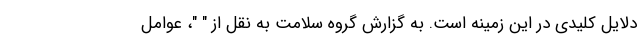
دلایل کلیدی در این زمینه است. به گزارش گروه سلامت به نقل از " "، عوامل